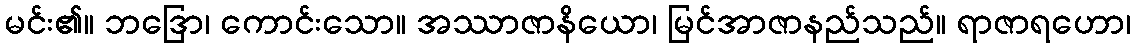
မင်း၏။ ဘဒြော၊ ကောင်းသော။ အဿာဇာနိယော၊ မြင်အာဇာနည်သည်။ ရာဇာရဟော၊